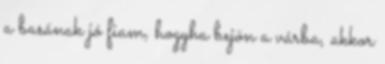
a basának jó fiam, hogyha bejön a várba, akkor